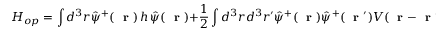
H _ { o p } = \int d ^ { 3 } r \hat { \psi } ^ { + } ( \mathrm { ~ \bf ~ r ~ } ) \, h \, \hat { \psi } ( \mathrm { ~ \bf ~ r ~ } ) + \frac { 1 } { 2 } \int d ^ { 3 } r d ^ { 3 } r ^ { \prime } \hat { \psi } ^ { + } ( \mathrm { ~ \bf ~ r ~ } ) \hat { \psi } ^ { + } ( \mathrm { ~ \bf ~ r ~ } ^ { \prime } ) V ( \mathrm { ~ \bf ~ r ~ } - \mathrm { ~ \bf ~ r ~ } ^ { \prime } ) \hat { \psi } ( \mathrm { ~ \bf ~ r ~ } ^ { \prime } ) \hat { \psi } ( \mathrm { ~ \bf ~ r ~ } )